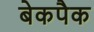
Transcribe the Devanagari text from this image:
बेकपैक